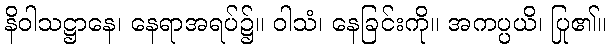
နိဝါသဋ္ဌာနေ၊ နေရာအရပ်၌။ ဝါသံ၊ နေခြင်းကို။ အကပ္ပယိ၊ ပြု၏။